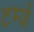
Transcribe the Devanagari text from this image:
टर्म्ज